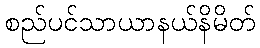
စည်ပင်သာယာနယ်နိမိတ်